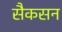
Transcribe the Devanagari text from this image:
सैकसन